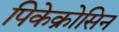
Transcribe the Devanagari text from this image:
पिकेक्रोसिन